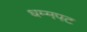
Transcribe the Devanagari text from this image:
धम्मपट